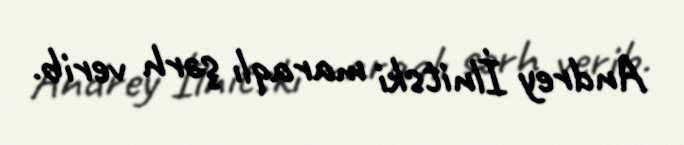
Andrey İlnitski maraqlı şərh verib.